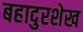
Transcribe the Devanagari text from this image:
बहादुरशेख